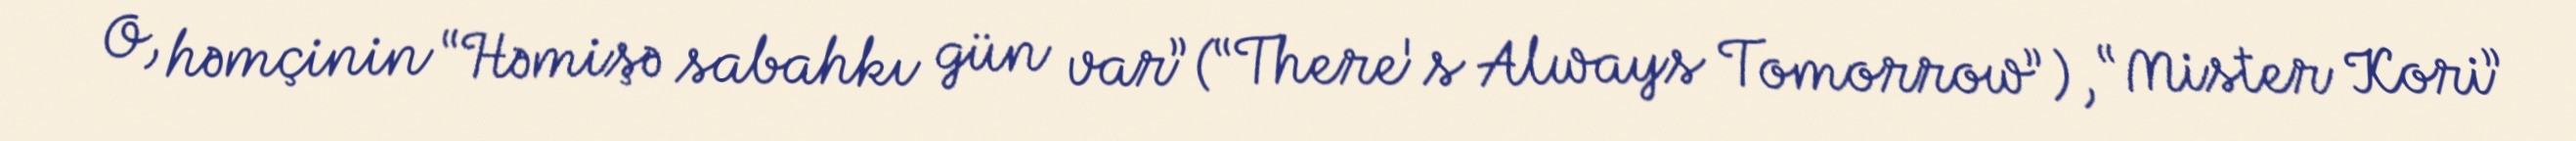
O, həmçinin “Həmişə sabahkı gün var” (“There's Always Tomorrow”), “Mister Kori”